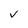
Character: V